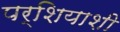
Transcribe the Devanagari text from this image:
पर्शियाशी